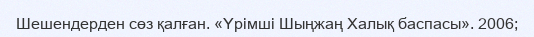
Шешендерден сөз қалған. «Үрімші Шыңжаң Халық баспасы». 2006;